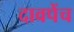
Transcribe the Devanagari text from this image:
दावपेंच